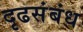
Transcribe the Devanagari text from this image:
दृढसंबंध